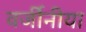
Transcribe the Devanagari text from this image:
वर्जीनीया